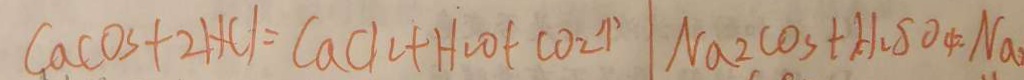
C a C O _ { 3 } + 2 H C l = C a C l _ { 2 } + H _ { 2 } O + C O _ { 2 } \uparrow \vert N a 2 C O _ { 3 } + H _ { 2 } S O _ { 4 } = N a